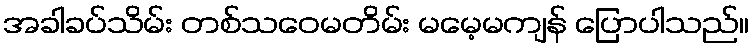
အခါခပ်သိမ်း တစ်သဝေမတိမ်း မမေ့မကျန် ပြောပါသည်။